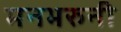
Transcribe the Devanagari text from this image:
मनभरुनी